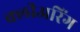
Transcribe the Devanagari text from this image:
क्लीअरिंग